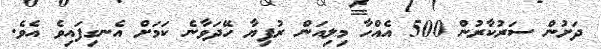
ދަށުން ސަރުކާރުން 500 އެއްހާ މިލިއަން ރުފިޔާ ހޭދަވާނެ ކަމަށް އެނގިފައިވެ އެވެ.